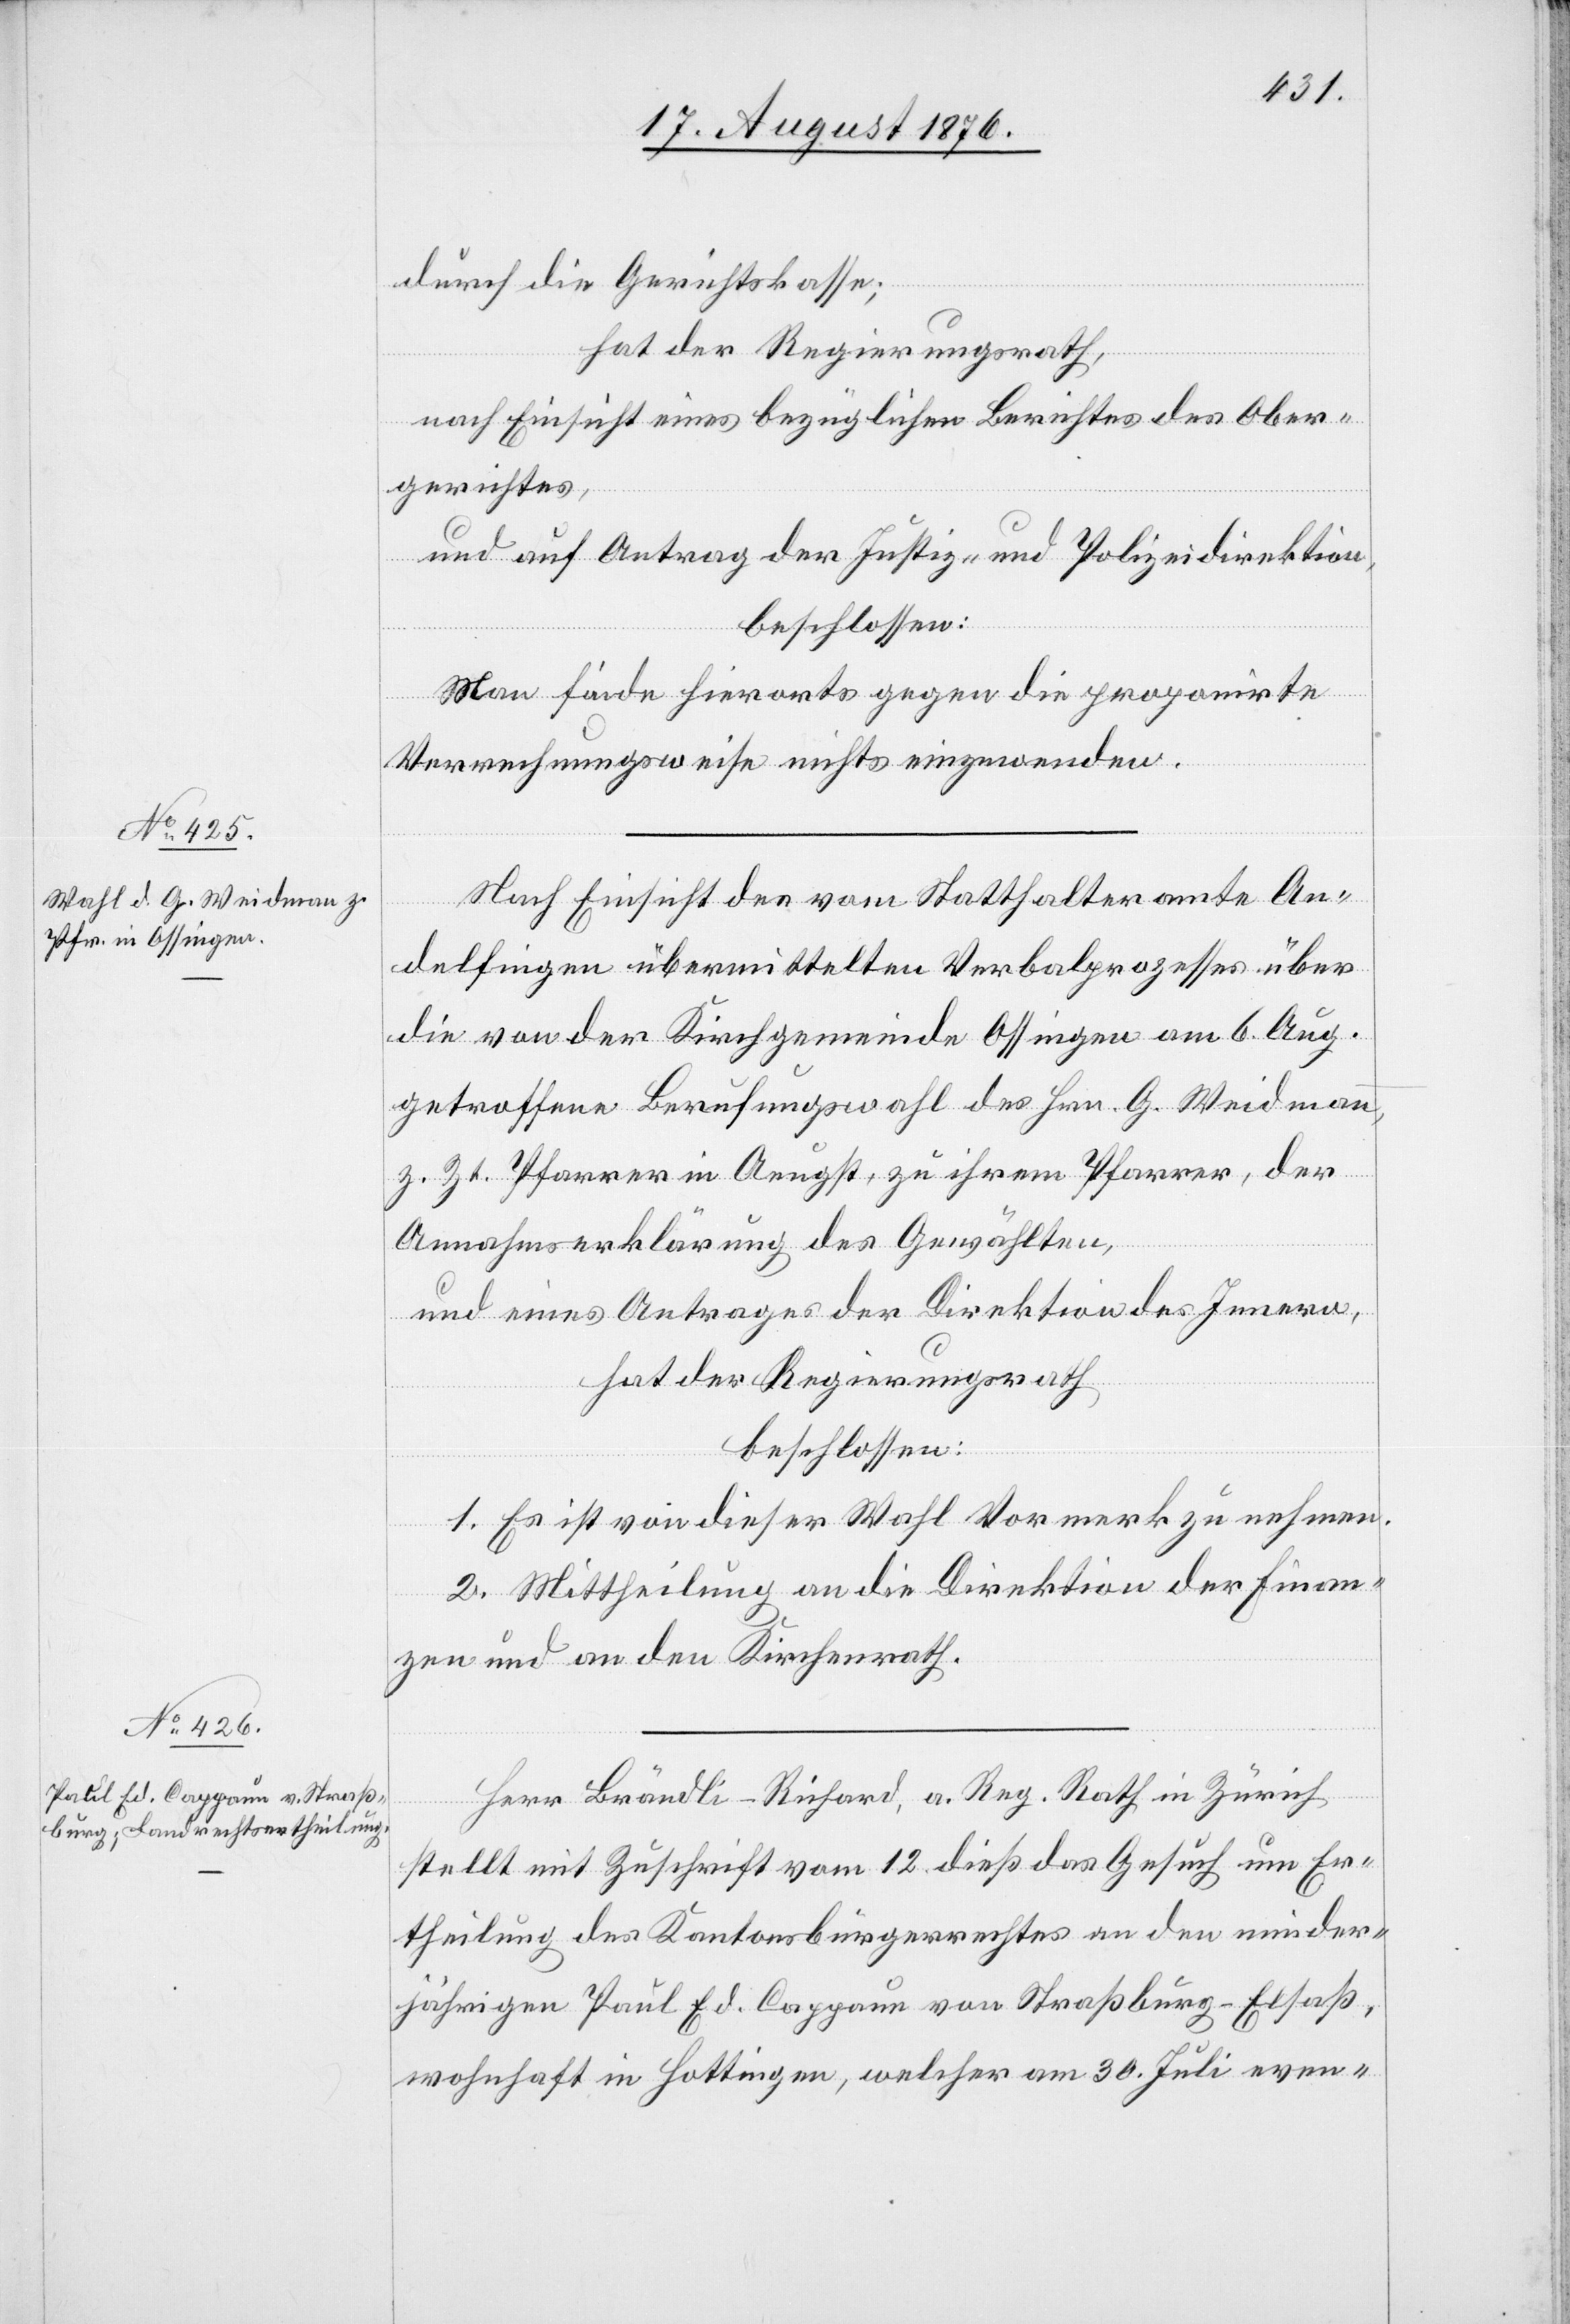
durch die Gerichtskasse;
hat der Regierungsrath,
nach Einsicht eines bezüglichen Berichtes des Ober¬
gerichtes,
und auf Antrag der Justiz- und Polizeidirektion,
beschlossen:
Man finde hierorts gegen die proponirte
Vernehmungsweise nichts einzuwenden.
Nach Einsicht des vom Stadtrathe An¬
delfingen übermittelten Verbalprozesses über
die von der Kirchgemeinde Ossingen am 6. Aug.
getroffene Berufungswahl des Hrn. G. Weidmann
z. Zt. Pfarrer in Aeugst, zu ihrem Pfarrer, der
Annahmserklärung des Gewählten,
und eines Antrages der Direktion des Innern,
hat der Regierungsrath
beschlossen:
1. Es ist von dieser Wahl Vormerk zu nehmen.
2. Mittheilung an die Direktion der Finan¬
zen und an den Kirchenrath.
Herr Brändli-Richard, a. Reg. Rath in Zürich
stellt mit Zuschrift vom 12. dieß das Gesuch um Er¬
theilung des Kantonsbürgerrechtes an den minder¬
jährigen Paul Ed. Cappaun von Straßburg - Elsaß,
wohnhaft in Hottingen, welcher am 30. Juli even-